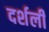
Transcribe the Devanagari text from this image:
दर्शली